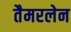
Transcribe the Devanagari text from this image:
तैमरलेन